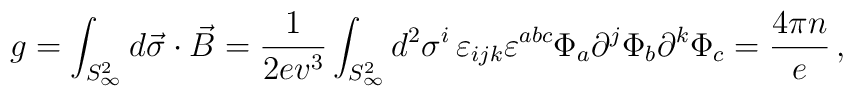
g = \int_{S^{2}_{\infty}} d \vec{\sigma}\cdot \vec{B} = 	\frac{1}{2ev^{3}} \int_{S^{2}_{\infty}} d^{2}\sigma^{i} \, 	\varepsilon_{ijk}\varepsilon^{abc}	\Phi_{a}\partial^{j}\Phi_{b}\partial^{k}\Phi_{c} = 	\frac{4\pi n}{e} \, ,